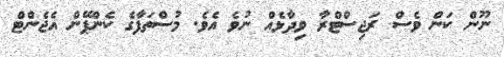
ނޫން ކަން ވެސް ރަޖިސްޓްރާ ވިދާޅެއް ނުވެ އެވެ. މުސްތަފާގެ ކެންޕޭން އެޖެންޓް